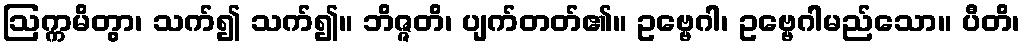
ဩက္ကမိတွာ၊ သက်၍ သက်၍။ ဘိဇ္ဇတိ၊ ပျက်တတ်၏။ ဥဗ္ဗေဂါ၊ ဥဗ္ဗေဂါမည်သော။ ပီတိ၊